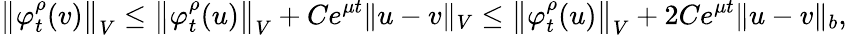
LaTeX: \left\Vert\varphi_{t}^{\rho}(v)\right\Vert_{V}\leq\left\Vert\varphi_{t}^{\rho}(u)\right\Vert_{V}+Ce^{\mu t}\Vert u-v\Vert_{V}\leq\left\Vert\varphi_{t}^{\rho}(u)\right\Vert_{V}+2Ce^{\mu t}\Vert u-v\Vert_{b},